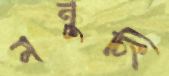
মনুচিং